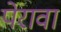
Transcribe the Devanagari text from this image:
पेरावा